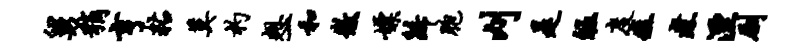
舅稍亨粘莫杓想一和徽嫖归胞刈是皈度疽煮湮劂